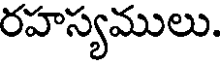
రహస్యములు.